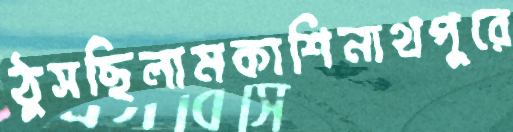
ঠুসছিলামকাশিনাথপুরে